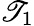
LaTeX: \mathscr{T}_{1}